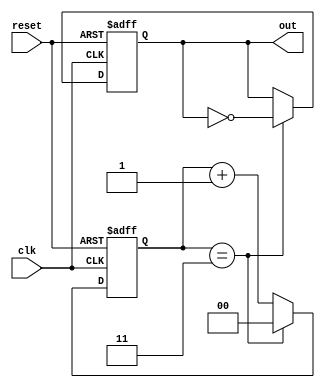
module divide_by_n_counter #(
    parameter N = 4 // Default value of N
) (
    input wire clk,       // Clock input
    input wire reset,     // Asynchronous reset input
    output reg out        // Output signal that toggles every N clock cycles
);

    // Calculate the number of bits required for the counter
    localparam COUNTER_WIDTH = $clog2(N);
    
    reg [COUNTER_WIDTH-1:0] counter; // Counter state

    // Asynchronous reset and counter logic
    always @(posedge clk or posedge reset) begin
        if (reset) begin
            counter <= 0; // Reset counter to 0
            out <= 0;     // Reset output
        end else begin
            if (counter == N-1) begin
                counter <= 0; // Reset counter when it reaches N-1
                out <= ~out;   // Toggle output
            end else begin
                counter <= counter + 1; // Increment counter
            end
        end
    end

endmodule